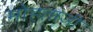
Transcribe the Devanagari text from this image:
मोहताजी